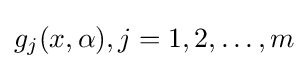
g_{j}(x,\alpha ),j=1,2,\ldots ,m